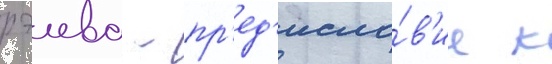
рэива - пр'ед'исло́в'ие к